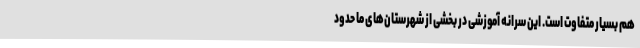
هم بسیار متفاوت است. این سرانه آموزشی در بخشی از شهرستان‌های ما حدود